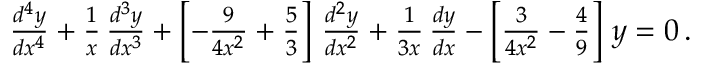
\begin{array} { r } { \frac { d ^ { 4 } y } { d x ^ { 4 } } + \frac { 1 } { x } \, \frac { d ^ { 3 } y } { d x ^ { 3 } } + \left[ - \frac { 9 } { 4 x ^ { 2 } } + \frac { 5 } { 3 } \right] \, \frac { d ^ { 2 } y } { d x ^ { 2 } } + \frac { 1 } { 3 x } \, \frac { d y } { d x } - \left[ \frac { 3 } { 4 x ^ { 2 } } - \frac { 4 } { 9 } \right] \, y = 0 \, . } \end{array}